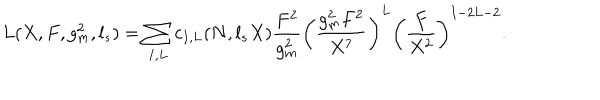
L ( X , F , g _ { m } ^ { 2 } , l _ { s } ) = \sum _ { I , L } c _ { I , L } ( N , l _ { s } X ) { \frac { F ^ { 2 } } { g _ { m } ^ { 2 } } } \left( { \frac { g _ { m } ^ { 2 } F ^ { 2 } } { X ^ { 7 } } } \right) ^ { L } \left( { \frac { F } { X ^ { 2 } } } \right) ^ { I - 2 L - 2 } .